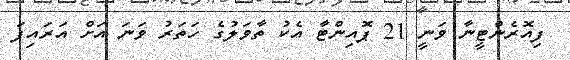
ފިއޮރެންޓީނާ ވަނީ 21 ޕޮއިންޓާ އެކު ތާވަލުގެ ހަތަރު ވަނަ އަށް އަރައިފަ